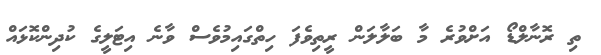
ތި ރޮނާލްޑޯ އަށްވުރެ މާ ބަލާލަން ރީތިވެފަ ހިތްގައިމުވެސް ވާނެ އިޓަލީގެ ކުދިންކޮޅައް